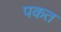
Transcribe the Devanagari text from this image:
पकत